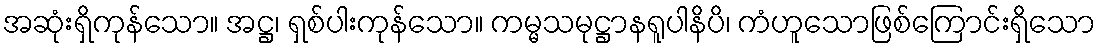
အဆုံးရှိကုန်သော။ အဋ္ဌ၊ ရှစ်ပါးကုန်သော။ ကမ္မသမုဋ္ဌာနရူပါနိပိ၊ ကံဟူသောဖြစ်ကြောင်းရှိသော